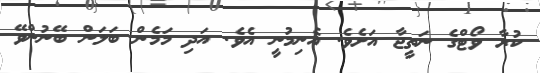
ކުރާ ވޯޓްގެ ނަތީޖާ އަށެވެ. އެނިމުނީ އެވެ. އަދި މަމެން ބަލަން ބޭނުންވޭ